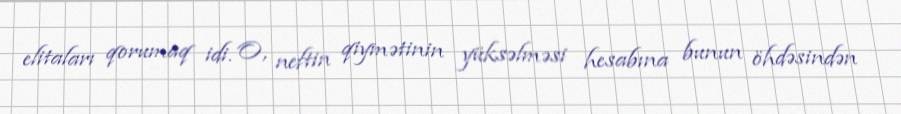
elitaları qorumaq idi. O, neftin qiymətinin yüksəlməsi hesabına bunun öhdəsindən